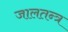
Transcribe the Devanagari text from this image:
जालतन्त्र